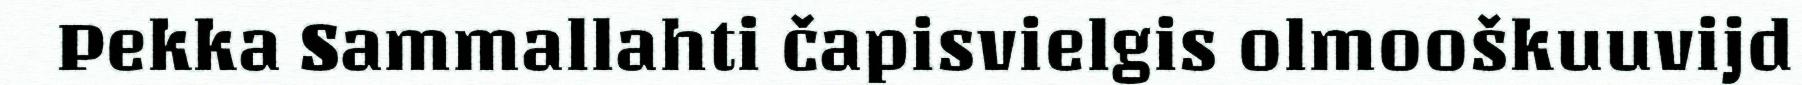
Pekka Sammallahti čapisvielgis olmooškuuvijd